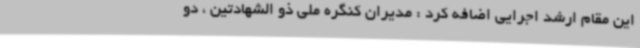
این مقام ارشد اجرایی اضافه کرد : مدیران کنگره ملی ذو الشهادتین ، دو